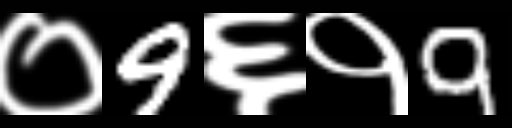
Text: ०9६१9